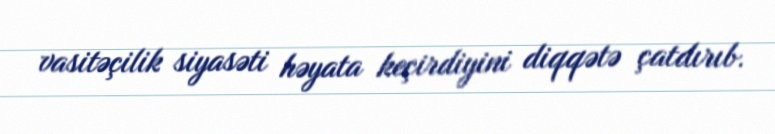
vasitəçilik siyasəti həyata keçirdiyini diqqətə çatdırıb.